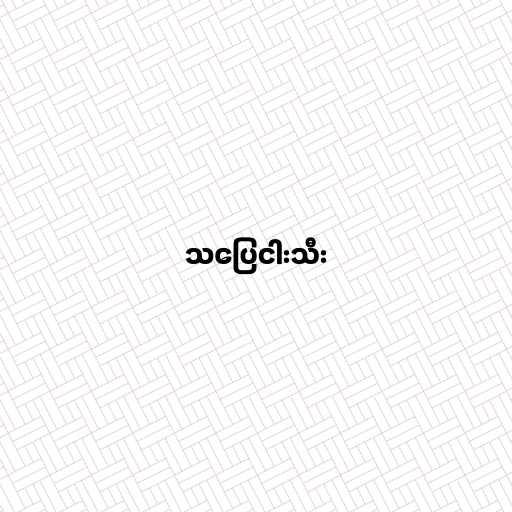
သပြေငါးသီး